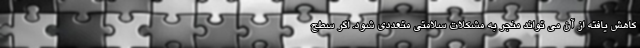
کاهش يافته از آن می تواند منجر به مشکلات سلامتی متعددی شود. اگر سطح